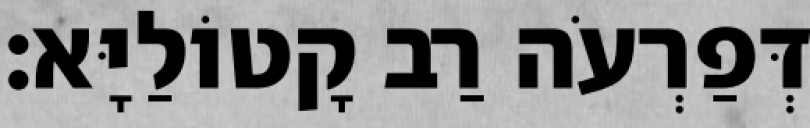
דְּפַרְעֹה רַב קָטוֹלַיָּא׃